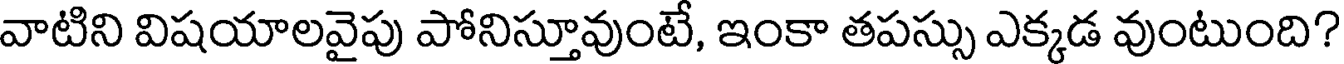
వాటిని విషయాలవైపు పోనిస్తూవుంటే, ఇంకా తపస్సు ఎక్కడ వుంటుంది?